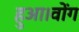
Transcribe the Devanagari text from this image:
हुआ।वोंग